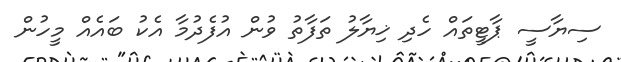
ސިޔާސީ ޕާޓީތައް ހެދި ޚިޔާލު ތަފާތު ވުން އުފެދުމާ އެކު ބައެއް މީހުން